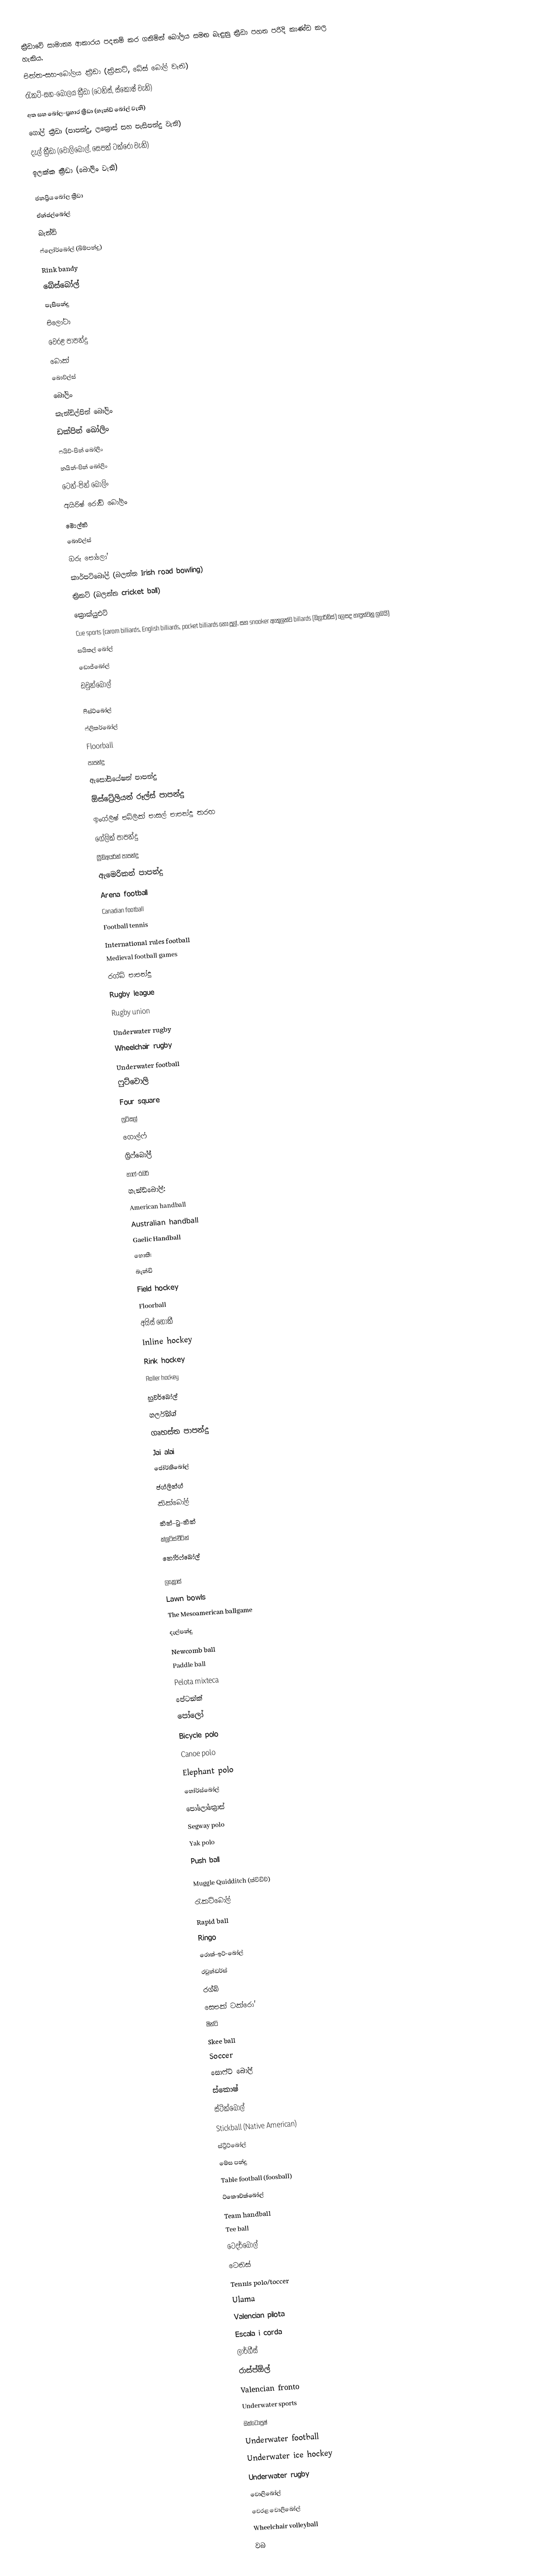
ක්‍රීඩාවේ සාමාන්‍ය ආකාරය පදනම් කර ගනිමින් බෝලය සමඟ බැඳුනු ක්‍රීඩා පහත පරිදි කාණ්ඩ කල හැකිය.
පිත්ත-සහ-බෝලය ක්‍රීඩා (ක්‍රිකට්, බේස් බෝල් වැනි)
රැකට්-සහ-බෝලය ක්‍රීඩා (ටෙනිස්, ස්කොෂ් වැනි)
අත සහ බෝල-ප්‍රහාර ක්‍රීඩා (හෑන්ඩ් බෝල් වැනි)
ගෝල් ක්‍රීඩා (පාපන්දු, ලක්‍රොස් සහ පැසිපන්දු වැනි)
දැල් ක්‍රීඩා (වොලිබෝල්, සෙපක් ටක්රෝ වැනි)
ඉලක්ක ක්‍රීඩා (බෝලිං වැනි)

ජනප්‍රිය බෝල ක්‍රීඩා
ඒන්ජල්බෝල්
බැන්ඩි
 ෆ්ලෝර්බෝල් (බිම්පන්දු)
 Rink bandy
 බේස්බෝල්
 පැසිපන්දු
 පිලෝටා
 වෙරළ පාපන්දු
 බොක්
 බොව්ල්ස්
 බෝලිං
 කැන්ඩ්ල්පින් බෝලිං
 ඩක්පින් බෝලිං
 ෆයිව්-පින් බෝලිං
 නයින්-පින් බෝලිං
 ටෙන්-පින් බෝලිං
 අයිරිෂ් රෝඩ් බෝලිං
 මොල්කි
 බොව්ල්ස්
 ඔරු පෝලෝ
 කාර්පට්බෝල් (බලන්න Irish road bowling)
 ක්‍රිකට් (බලන්න cricket ball)
 ක්‍රොක්යුඑට්
 Cue sports (carom billiards, English billiards, pocket billiards හෝ පූල්, සහ snooker ඇතුලත්ව billards (බිලාර්ඩ්ස්) ලෙසද හඳුන්වනු ලබයි)
 සයිකල් බෝල්
 ඩොජ්බෝල්
 ඩවුන්බෝල්

 ෆිස්ට්බෝල්
 ෆ්ලිකර්බෝල්
 Floorball
 පාපන්දු
 ඇසෝසියේෂන් පාපන්දු
 ඕස්ට්‍රේලියන් රූල්ස් පාපන්දු
 ඉංග්ලිෂ් පබ්ලික් පාසල් පාපන්දු තරඟ
 ගේලික් පාපන්දු
 ග්‍රීඩ්අයර්න් පාපන්දු
 ඇමෙරිකන් පාපන්දු
 Arena football
 Canadian football
 Football tennis
 International rules football
 Medieval football games
 රග්බි පාපන්දු
 Rugby league
 Rugby union
 Underwater rugby
 Wheelchair rugby
 Underwater football
 ෆුට්වොලි
 Four square
 ෆුට්සල්
 ගොල්ෆ්
 ග්‍රිෆ්බෝල්
 හාෆ්-රබර්
 හෑන්ඩ්බෝල්:
 American handball
 Australian handball
 Gaelic Handball
හොකී:
 බැන්ඩි
 Field hockey
 Floorball
 අයිස් හොකී
 Inline hockey
 Rink hockey
 Roller hockey
 හූවර්බෝල්
 හර්ලින්ග්
 ගෘහස්ත පාපන්දු
 Jai alai
 ජෝර්කිබෝල්
 ජග්ලින්ග්
 කික්බෝල්
 කික්-ටු-කික්
 ක්ලූට්ස්චීට්න්
 කෝර්ෆ්බෝල්

 ලක්‍රොස්
 Lawn bowls
 The Mesoamerican ballgame
 දැල්පන්දු
 Newcomb ball
 Paddle ball
 Pelota mixteca
 පේටන්ක්
 පෝලෝ
 Bicycle polo
 Canoe polo
 Elephant polo
 හෝර්ස්බෝල්
 පෝලෝක්‍රොස්
 Segway polo
 Yak polo
 Push ball

 Muggle Quidditch (ක්විඩිච්)
 රැකට්බෝල්
 Rapid ball
 Ringo
 රොක්-ඉට්-බෝල්
 රවුන්ඩර්ස්
 රග්බි
 සෙපක් ටක්රෝ
 ෂින්ටි
 Skee ball
 Soccer
 සොෆ්ට් බෝල්
 ස්කොෂ්
 ස්ටික්බෝල්
 Stickball (Native American)
 ස්ට්‍රීට්බෝල්
 මේස පන්දු
 Table football (foosball)
 ට්කෞව්ක්බෝල්
 Team handball
 Tee ball
 ටෙදර්බෝල්
 ටෙනිස්
 Tennis polo/toccer
 Ulama
 Valencian pilota
 Escala i corda
 ලාර්ගීස්
 රාස්ප්ඕල්
 Valencian fronto
 Underwater sports
 ඔක්ටෝපුෂ්
 Underwater football
 Underwater ice hockey
 Underwater rugby
 වොලිබෝල්
 වෙරළ වොලිබෝල්
 Wheelchair volleyball
 වබ